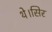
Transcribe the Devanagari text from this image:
थे।सिर